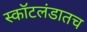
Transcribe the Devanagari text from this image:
स्कॉटलंडातच